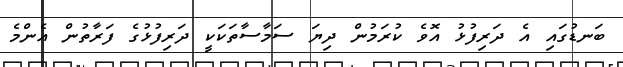
ބަނޑުގައި އެ ދަރިފުޅު އޮވެ ކުރަމުން ދިޔަ ސަމާސާތަކަކީ ދަރިފުޅުގެ ފަރާތުން އެންމެ